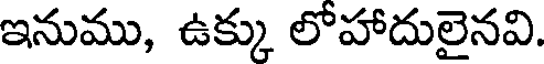
ఇనుము, ఉక్కు లోహాదులైనవి.